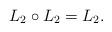
LaTeX: \begin{align*}L_2\circ L_2= L_2. \end{align*}